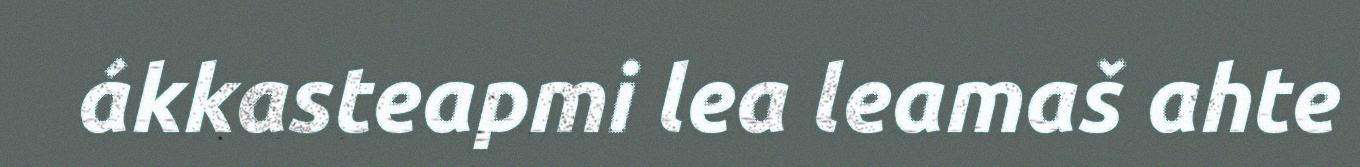
ákkasteapmi lea leamaš ahte